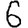
Digit: 6